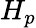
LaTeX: H_{p}